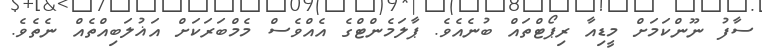
ސާފު ނޫންކަމަށް މީޑިއާ ރިޕޯޓްތައް ބުނެއެވެ. ޕާލަމެންޓްގެ އެއްވެސް މެމްބަރަކަށް އަޣުލަބިއްތެއް ނެތެވެ.